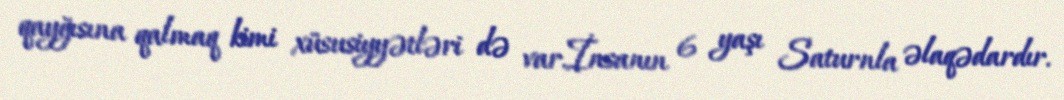
qayğısına qalmaq kimi xüsusiyyətləri də var.İnsanın 6 yaşı Saturnla əlaqədardır.